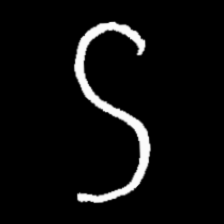
Pyu character \u2014 Myanmar letter: ဌ (romanized: ttha)